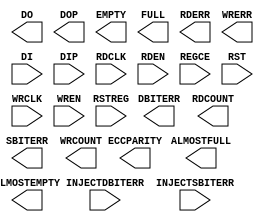
// $Header: /devl/xcs/repo/env/Databases/CAEInterfaces/xec_libs/data/unisims/FIFO36E1.v,v 1.3 2009/08/22 00:32:34 harikr Exp $
///////////////////////////////////////////////////////////////////////////////
// Copyright (c) 1995/2009 Xilinx, Inc.
// All Right Reserved.
///////////////////////////////////////////////////////////////////////////////
//   ____  ____
//  /   /\/   /
// /___/  \  /    Vendor : Xilinx
// \   \   \/     Version : 11.1i (L.11)
//  \   \         Description : Xilinx Formal Library Component
//  /   /
// /___/   /\     Filename : FIFO36E1.v
// \   \  /  \    Timestamp :
//  \___\/\___\
//
// Revision:
//    04/28/09 - Initial version.
// End Revision

`timescale  1 ps / 1 ps

module FIFO36E1 (ALMOSTEMPTY, ALMOSTFULL, DBITERR, DO, DOP, ECCPARITY, EMPTY, FULL, RDCOUNT, RDERR, SBITERR, WRCOUNT, WRERR,
	       DI, DIP, INJECTDBITERR, INJECTSBITERR, RDCLK, RDEN, REGCE, RST, RSTREG, WRCLK, WREN);

    parameter ALMOST_EMPTY_OFFSET = 13'h0080;
    parameter ALMOST_FULL_OFFSET = 13'h0080;
    parameter integer DATA_WIDTH = 4;
    parameter integer DO_REG = 1;
    parameter EN_ECC_READ = "FALSE";
    parameter EN_ECC_WRITE = "FALSE";
    parameter EN_SYN = "FALSE";
    parameter FIFO_MODE = "FIFO36";
    parameter FIRST_WORD_FALL_THROUGH = "FALSE";
    parameter INIT = 72'h0;
    parameter SRVAL = 72'h0;
    
    output ALMOSTEMPTY;
    output ALMOSTFULL;
    output DBITERR;
    output [63:0] DO;
    output [7:0] DOP;
    output [7:0] ECCPARITY;
    output EMPTY;
    output FULL;
    output [12:0] RDCOUNT;
    output RDERR;
    output SBITERR;
    output [12:0] WRCOUNT;
    output WRERR;

    input [63:0] DI;
    input [7:0] DIP;
    input INJECTDBITERR;
    input INJECTSBITERR;
    input RDCLK;
    input RDEN;
    input REGCE;
    input RST;
    input RSTREG;
    input WRCLK;
    input WREN;
    
   
endmodule